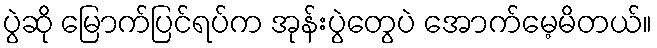
ပွဲဆို မြောက်ပြင်ရပ်က အုန်းပွဲတွေပဲ အောက်မေ့မိတယ်။